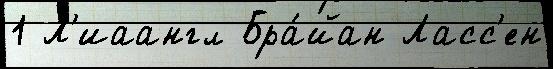
1 Л'иаангл Бра́йан Ласс'ен